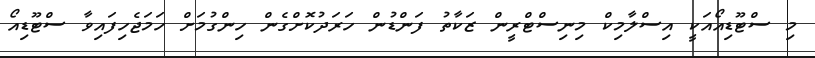
މި ސްޓޫޑިއޯއަކީ އިސްލާމިކް މިނިސްޓްރީން ޒަކާތު ފަންޑުން ހަރަދުކޮށްގެން ހިންގުމަށް ހަމަޖެހިފައިވާ ސްޓޫޑިއޯ